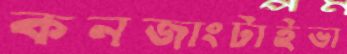
কনজাংটাইভা